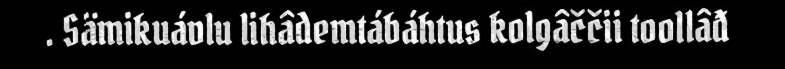
. Sämikuávlu lihâdemtábáhtus kolgâččii toollâđ